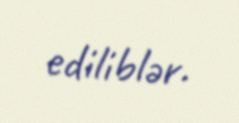
ediliblər.